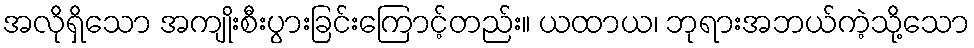
အလိုရှိသော အကျိုးစီးပွားခြင်းကြောင့်တည်း။ ယထာယ၊ ဘုရားအဘယ်ကဲ့သို့သော